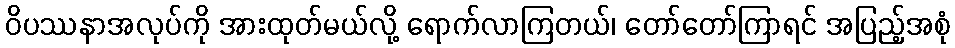
ဝိပဿနာအလုပ်ကို အားထုတ်မယ်လို့ ရောက်လာကြတယ်၊ တော်တော်ကြာရင် အပြည့်အစုံ